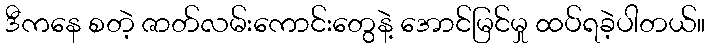
ဒီကနေ စတဲ့ ဇာတ်လမ်းကောင်းတွေနဲ့ အောင်မြင်မှု ထပ်ရခဲ့ပါတယ်။